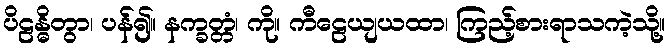
ပိဠန္ဓိတွာ၊ ပန်၍။ နက္ခတ္တံ၊ ကို။ ကီဠေယျယထာ၊ ကြည့်စားရာသကဲ့သို့။